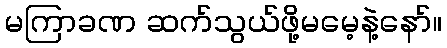
မကြာခဏ ဆက်သွယ်ဖို့မမေ့နဲ့နော်။